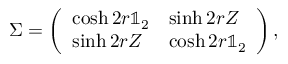
\Sigma = \left( \begin{array} { l l } { \cosh 2 r \mathbb { 1 } _ { 2 } } & { \sinh 2 r Z } \\ { \sinh 2 r Z } & { \cosh 2 r \mathbb { 1 } _ { 2 } } \end{array} \right) ,